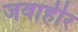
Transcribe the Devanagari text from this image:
जवाहीर